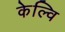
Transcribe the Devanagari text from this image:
केल्वि